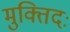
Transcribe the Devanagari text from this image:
मुक्तिदः